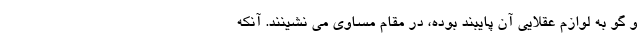
و گو به لوازم عقلایی آن پایبند بوده، در مقام مساوی می نشینند. آنکه